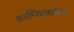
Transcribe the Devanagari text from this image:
स्पाण्डिलाइटिस